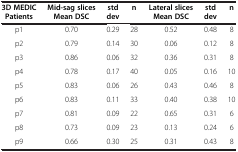
<table><thead><tr><td><b>3D MEDIC Patients</b></td><td><b>Mid-sag slices Mean DSC</b></td><td><b>std dev</b></td><td><b>n</b></td><td><b>Lateral slices Mean DSC</b></td><td><b>std dev</b></td><td><b>n</b></td></tr></thead><tbody><tr><td>p1</td><td>0.70</td><td>0.29</td><td>28</td><td>0.52</td><td>0.48</td><td>8</td></tr><tr><td>p2</td><td>0.79</td><td>0.14</td><td>30</td><td>0.06</td><td>0.12</td><td>8</td></tr><tr><td>p3</td><td>0.86</td><td>0.06</td><td>32</td><td>0.36</td><td>0.31</td><td>8</td></tr><tr><td>p4</td><td>0.78</td><td>0.17</td><td>40</td><td>0.05</td><td>0.16</td><td>10</td></tr><tr><td>p5</td><td>0.83</td><td>0.06</td><td>26</td><td>0.43</td><td>0.46</td><td>8</td></tr><tr><td>p6</td><td>0.83</td><td>0.11</td><td>33</td><td>0.40</td><td>0.38</td><td>10</td></tr><tr><td>p7</td><td>0.81</td><td>0.09</td><td>22</td><td>0.65</td><td>0.31</td><td>6</td></tr><tr><td>p8</td><td>0.73</td><td>0.09</td><td>23</td><td>0.13</td><td>0.24</td><td>6</td></tr><tr><td>p9</td><td>0.66</td><td>0.30</td><td>25</td><td>0.31</td><td>0.43</td><td>8</td></tr></tbody></table>